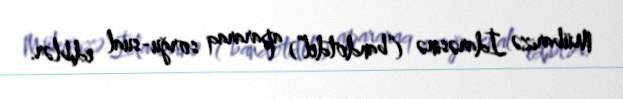
Mübarizə İdarəsinə (“bandotdel”) apararaq sorğu-sual ediblər.